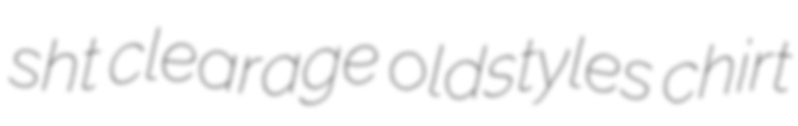
sht clearage oldstyles chirt